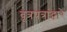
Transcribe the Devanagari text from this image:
वृत्रपत्रांद्वारे